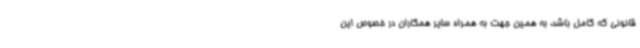
قانونی که کامل باشد، به همین جهت به همراه سایر همکاران در خصوص این